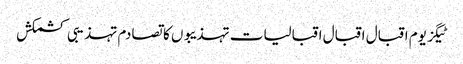
ٹیگز یوم اقبال اقبال اقبالیات تہذیبوں کا تصادم تہذیبی کشمکش